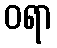
ဝရာ